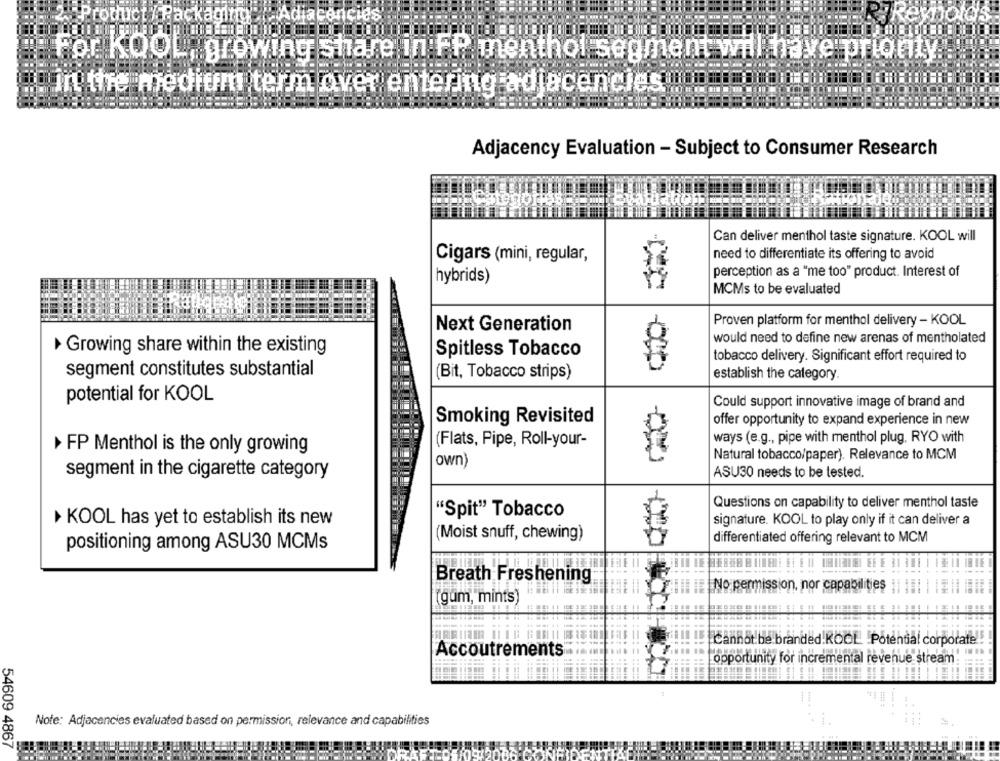
2.Product / Packaging"(
# Adjacencies
For KOOL, growing share in FP menthol segment will.
in the medium term over entering adjacencies
Adjacency Evaluation - Subject to Consumer Research
Can deliver menthol taste signature. KOOL will
Cigars (mini, regular,
need to differentiate its offering to avoid
perception as a "me too" product. Interest of
hybrids)
MCMs to be evaluated
Next Generation
Proven platform for menthol delivery - KOOL
would need to define new arenas of mentholated
Growing share within the existing
Spitless Tobacco
tobacco delivery. Significant effort required to
segment constitutes substantial
(Bit, Tobacco strips)
establish the category.
potential for KOOL
Could support innovative image of brand and
Smoking Revisited
offer opportunity to expand experience in new
ways (e.g ., pipe with menthol plug, RYO with
FP Menthol is the only growing
(Flats, Pipe, Roll-your-
Natural tobacco/paper). Relevance to MCM
own)
segment in the cigarette category
ASU30 needs to be tested.
Questions on capability to deliver menthol taste
"Spit" Tobacco
KOOL has yet to establish its new
signature. KOOL to play only if it can deliver a
(Moist snuff, chewing)
differentiated offering relevant to MCM
positioning among ASU30 MCMs
Breath Freshening
No permission, nor capabilities
[gum, mints)
Cannotbe branded!KOOL Potential corporate
Accoutrements
opportunity for incremental revenue stream
Note: Adjacencies evaluated based on permission, relevance and capabilities
54609 4867